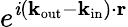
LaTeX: e^{\mathit i(\mathbf{k}_{\mathrm{out}}-\mathbf{k}_{\mathrm{in}})\cdot{\mathbf{r}}}